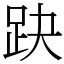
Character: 趹